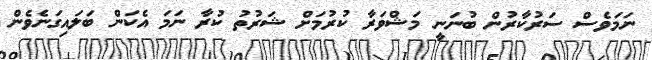
ނަމަވެސް ސަރުކާރުން ބުނަނީ މަޝްވަރާ ކުރުމަށް ޝަރުތު ކުރާ ނަމަ އެކަން ބަލައިގަނެވެން